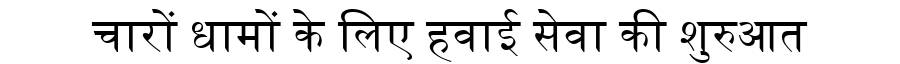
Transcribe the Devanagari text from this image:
चारों धामों के लिए हवाई सेवा की शुरुआत